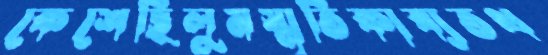
কেশেছিলুমস্মৃতিকাব্যতথ